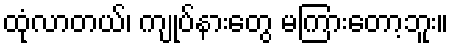
ထုံလာတယ်၊ ကျုပ်နားတွေ မကြားတော့ဘူး။